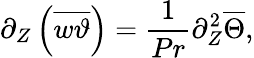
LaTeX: {\partial_{Z}}\left(\overline{{w\vartheta}}\right)=\frac{1}{Pr}\partial_{Z}^{2}\overline{{\Theta}},